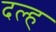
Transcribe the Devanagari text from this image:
दल्ह